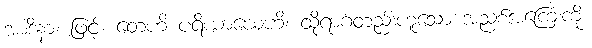
အာဒိနာ၊ ဖြင့်။ တေဟိ ပရိယာယေဟိ၊ ထိုရာဂတည်းဟူသော အညစ်အကြေးကို